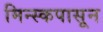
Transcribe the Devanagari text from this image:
मिन्स्कपासून